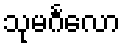
သုမင်္ဂလော